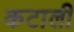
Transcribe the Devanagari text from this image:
कटाली